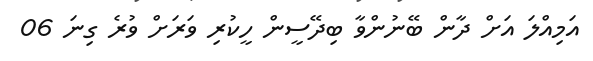
އަމިއްލަ އަށް ދާން ބޭނުންވާ ބިދޭސީން ހީކުރި ވަރަށް ވުރެ ގިނަ 06